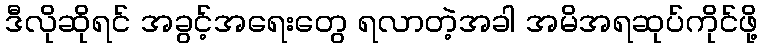
ဒီလိုဆိုရင် အခွင့်အရေးတွေ ရလာတဲ့အခါ အမိအရဆုပ်ကိုင်ဖို့